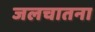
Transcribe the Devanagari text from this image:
जलचातना